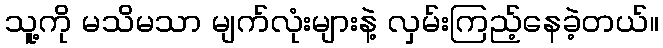
သူ့ကို မသိမသာ မျက်လုံးများနဲ့ လှမ်းကြည့်နေခဲ့တယ်။